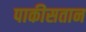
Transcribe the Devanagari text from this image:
पाकीसतान